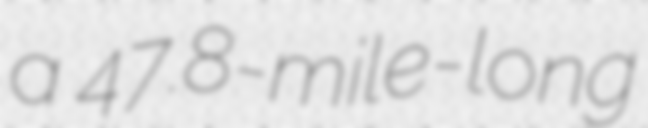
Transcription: a 47.8-mile-long